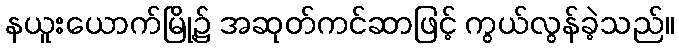
နယူးယောက်မြို့၌ အဆုတ်ကင်ဆာဖြင့် ကွယ်လွန်ခဲ့သည်။